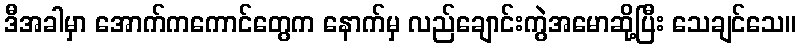
ဒီအခါမှာ အောက်ကကောင်တွေက နောက်မှ လည်ချောင်းကွဲအမောဆို့ပြီး သေချင်သေ။